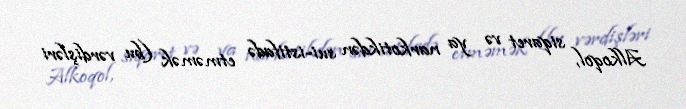
Alkoqol, siqaret və ya narkotikdən sui-istifadə etməmək (bu vərdişləri